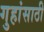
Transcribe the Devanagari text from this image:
गुहांसाठी